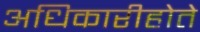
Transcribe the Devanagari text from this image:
अधिकारीहोते